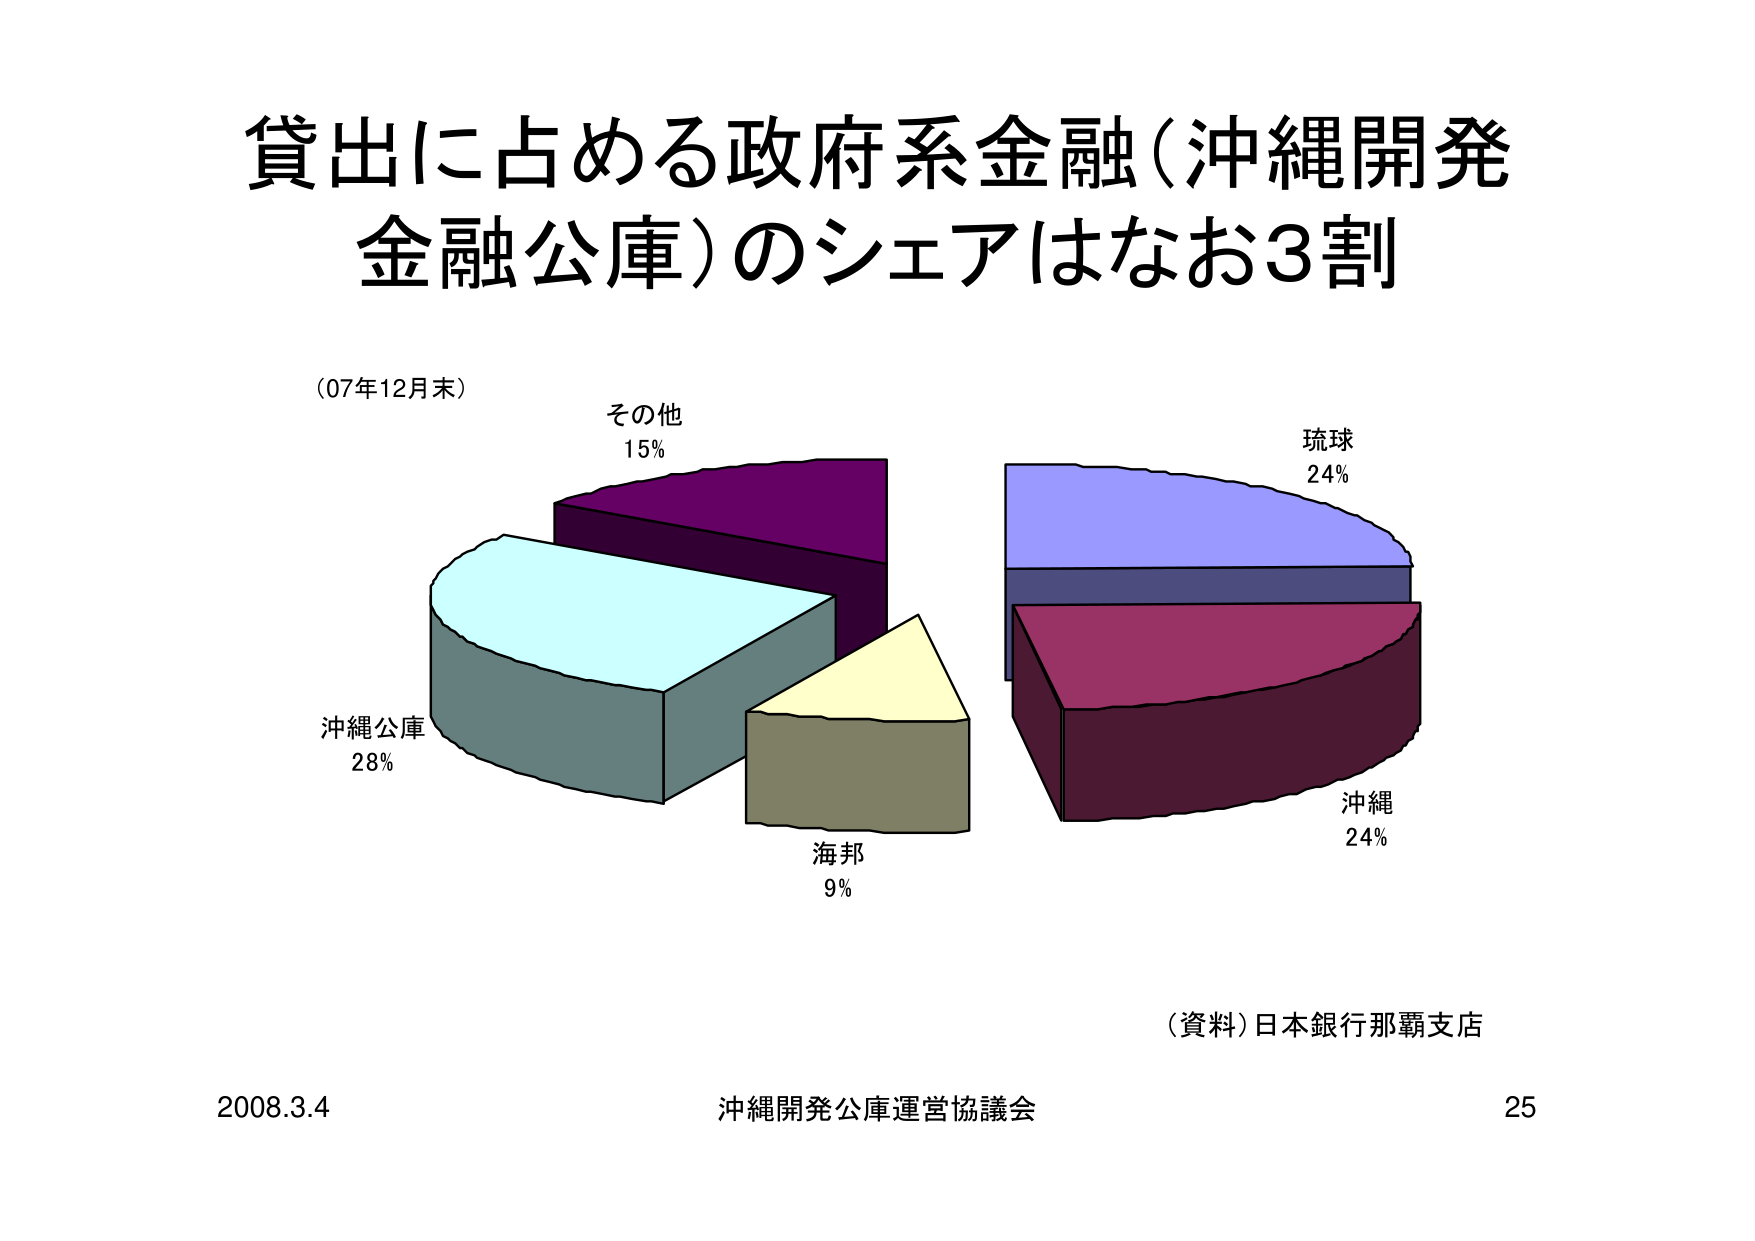
貸出に占める政府系金融（沖縄開発金融公庫）のシェアはなお3割
（07年12月末）
その他 15%
沖縄公庫 28%
海邦 9%
琉球 24%
沖縄 24%
（資料）日本銀行那覇支店
2008.3.4 沖縄開発公庫運営協議会 25